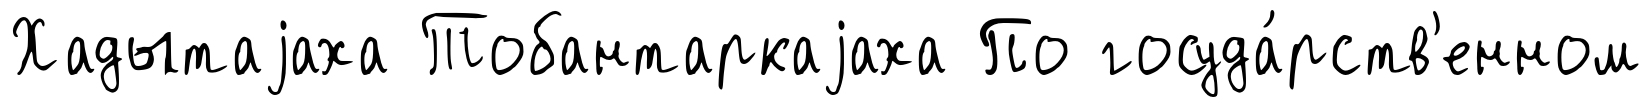
Хадытаjаха Тобантаркаjаха По госуда́рств'енном